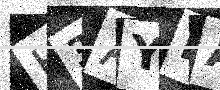
Text: H3AYKA